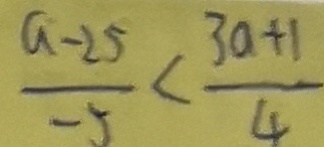
\frac { a - 2 5 } { - 5 } < \frac { 3 a + 1 } { 4 }